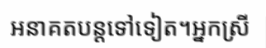
អនាគតបន្តទៅទៀត។អ្នកស្រី